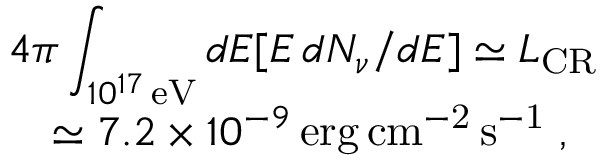
\begin{array} { l } { { \displaystyle 4 \pi \int _ { 1 0 ^ { 1 7 } \, \mathrm { e V } } d E [ E \, d N _ { \nu } / d E ] \simeq { \cal L } _ { \mathrm { C R } } } } \\ { { \quad \simeq 7 . 2 \times 1 0 ^ { - 9 } \, \mathrm { e r g \, c m ^ { - 2 } \, s ^ { - 1 } \; , } } } \end{array}